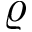
\varrho